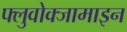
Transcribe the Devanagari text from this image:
फ्लुवोक्जामाइन